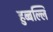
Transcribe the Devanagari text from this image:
हुब्बल्लि